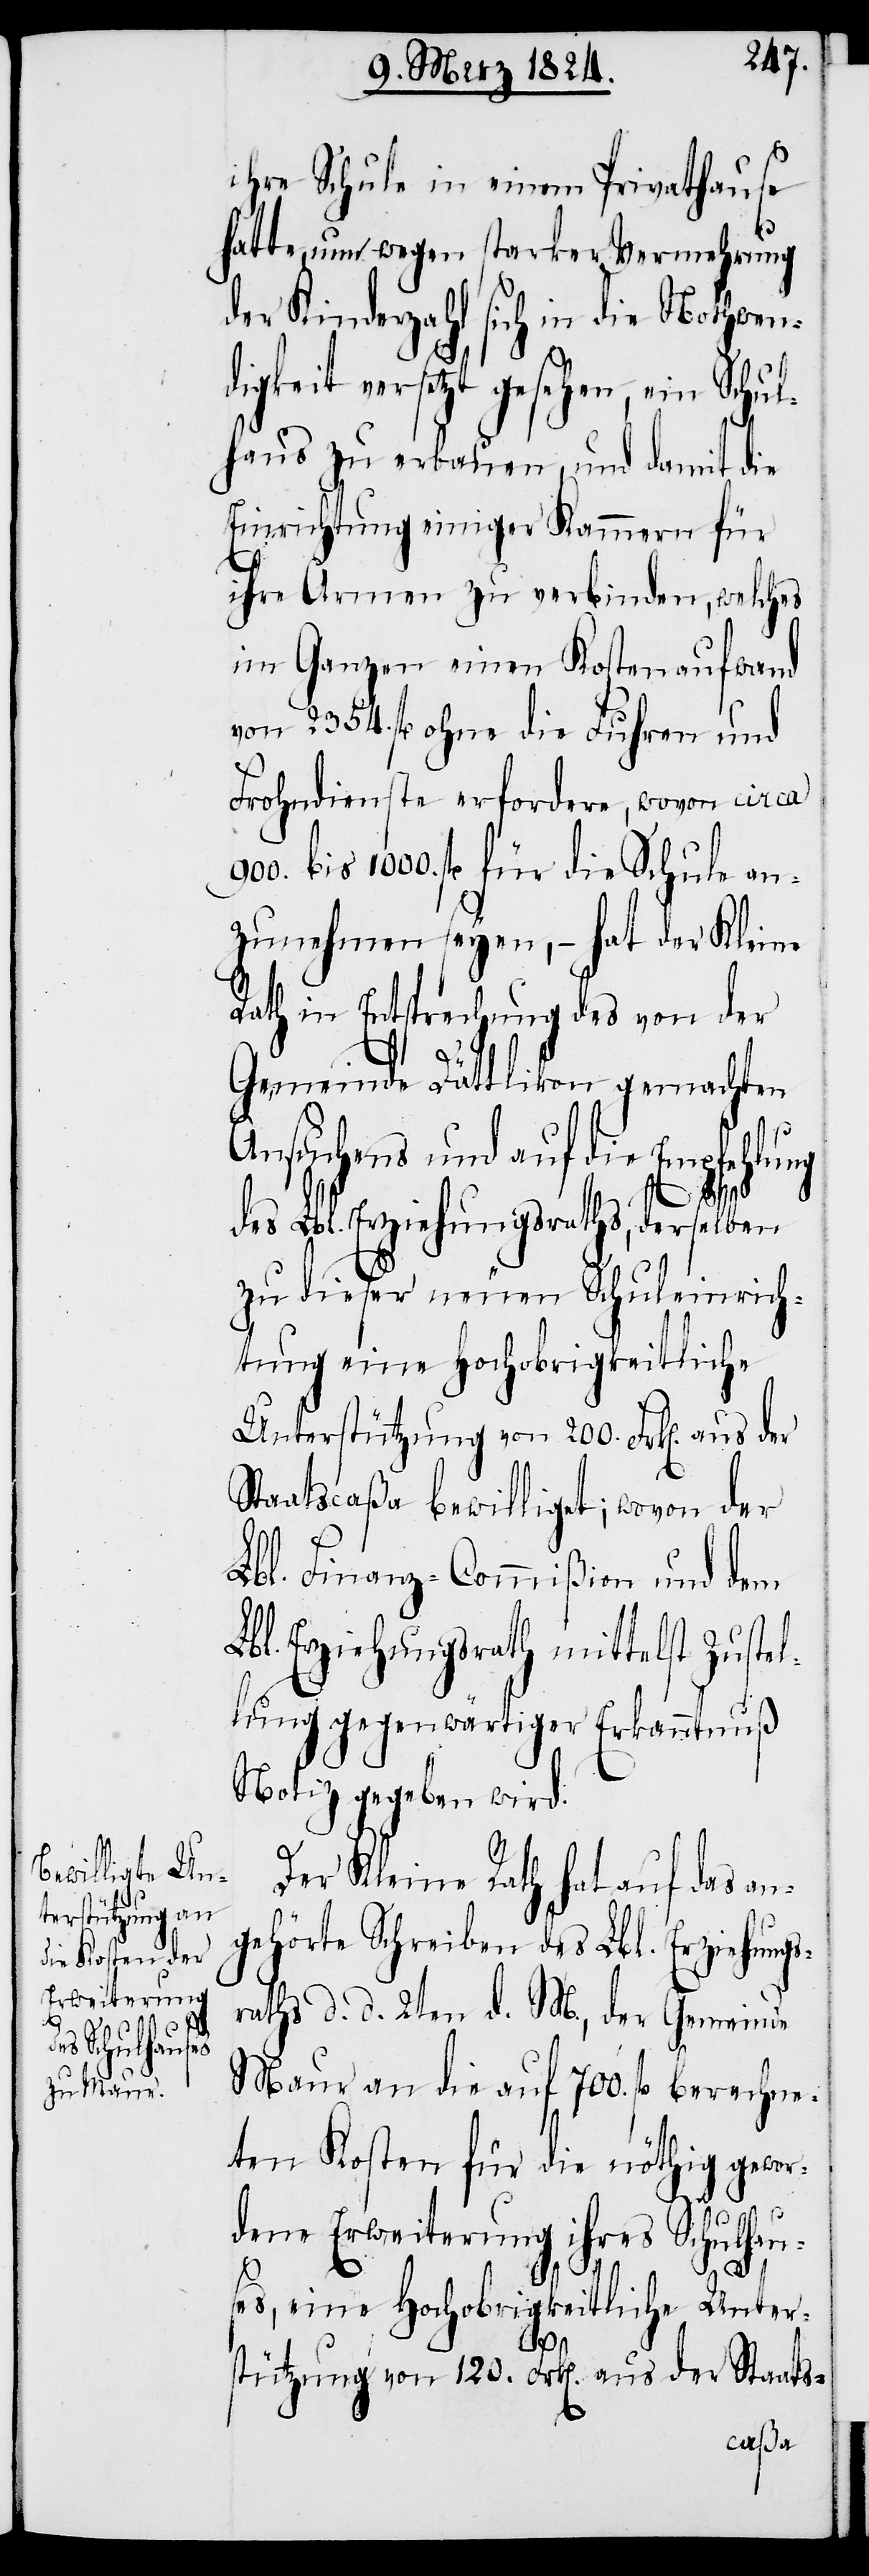
ihre Schule in einem Privathause
hatte, um wegen starker Vermehrung
der Kinderzahl sich in die Nothwen¬
digkeit versetzt gesehen, ein Schul¬
haus zu erbauen, und damit die
Einrichtung einiger Kammern für
ng
ihre Armen zu verbinden, welches
im Ganzen einen Kostenaufwand
von 2354. fl. ohne die Fuhren und
Frohndienste erfordere, wovon circa
bis 1000. fl. für die Schule an¬
zunehmen seyen, – hat der Kleine
Rath in Entsprechung des von der
Gemeinde Dättlikon gemachten
Ansuchens und auf die Empfehlu¬
des Lbl. Erziehungsraths, derselben
zu dieser neuen Schuleinrich¬
tung eine Hochobrigkeitliche
Unterstützung von 200. Frk[en]. aus
Staatscaßa bewilliget; wovon der
Lbl. Finanz-Commißion und dem
Lbl. Erziehungsrath mittelst Zustel¬
lung gegenwärtiger Erkanntnuß
Notiz gegeben wird.
Der Kleine Rath hat auf das an¬
gehörte Schreiben des Lbl. Erziehungs¬
raths d. d. 2ten d. M., der Gemeinde
Maur an die auf 700. fl. berechne¬
ten Kosten für die nöthig gewor¬
dene Erweiterung ihres Schulhau¬
ses, eine Hochobrigkeitliche Unter¬
stützung von 120. Frk[en]. aus der Staats-